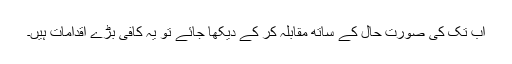
اب تک کی صورتِ حال کے ساتھ مقابلہ کر کے دیکھا جائے تو یہ کافی بڑے اقدامات ہیں۔